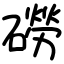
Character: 磱